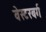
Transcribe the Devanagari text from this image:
वेस्टरबर्ग